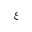
\xi